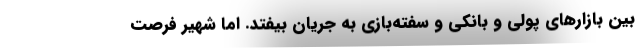
بین بازارهای پولی و بانکی و سفته‌بازی به جریان بیفتد. اما شهیر فرصت